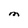
Character: M